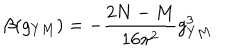
\beta ( g _ { Y M } ) = - \frac { 2 N - M } { 1 6 \pi ^ { 2 } } g _ { Y M } ^ { 3 }